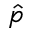
\hat { p }